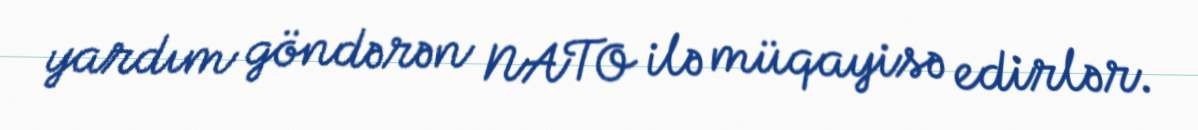
yardım göndərən NATO ilə müqayisə edirlər.